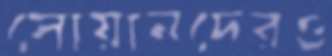
সোয়ানদেরও